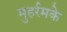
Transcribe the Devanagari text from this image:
मुहर्रमके